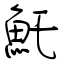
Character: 魠